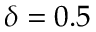
\delta = 0 . 5